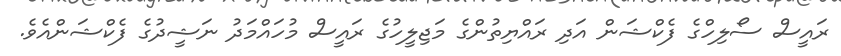
ރައީސް ސޯލިހްގެ ފެކްޝަން އަދި ރައްޔިތުންގެ މަޖިލީހުގެ ރައީސް މުހައްމަދު ނަޝީދުގެ ފެކްޝަންއެވެ.